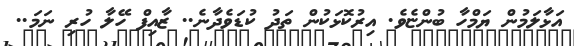
އަޅާލަމުން ޔަމްހާ ބުންޏެވެ. އިރުކޮޅަކުން ތަދު ކުޑަވެދާނެ.. ޒާއިފް ހޭލާ ހުރި ނަމަ..